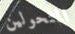
المتحولين